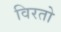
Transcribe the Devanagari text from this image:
विरतो